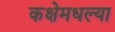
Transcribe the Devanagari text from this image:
कक्षेमधल्या